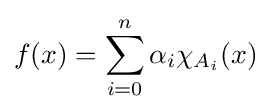
f(x)=\sum \limits _{i=0}^{n}\alpha _{i}\chi _{A_{i}}(x)